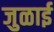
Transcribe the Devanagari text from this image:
जुळाई